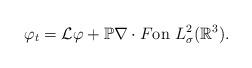
LaTeX: \begin{align*}\begin{aligned}\varphi_t&={\mathcal{L}}\varphi +\mathbb{P}\nabla \cdot F\textrm{on}\ L^{2}_{\sigma}(\mathbb{R}^{3}).\\\end{aligned}\end{align*}